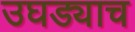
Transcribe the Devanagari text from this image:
उघड्याच